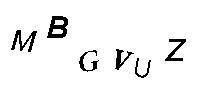
MBGVUZ